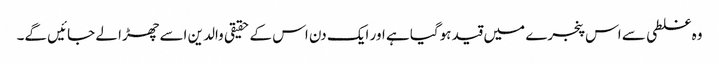
وہ غلطی سے اس پنجرے میں قید ہوگیا ہے اور ایک دن اس کے حقیقی والدین اسے چھڑا لے جائیں گے۔